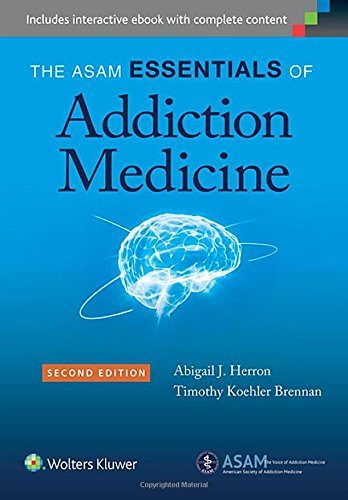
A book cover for The ASAM Essentials of Addiction Medicine; Abigail Herron; Health, Fitness & Dieting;